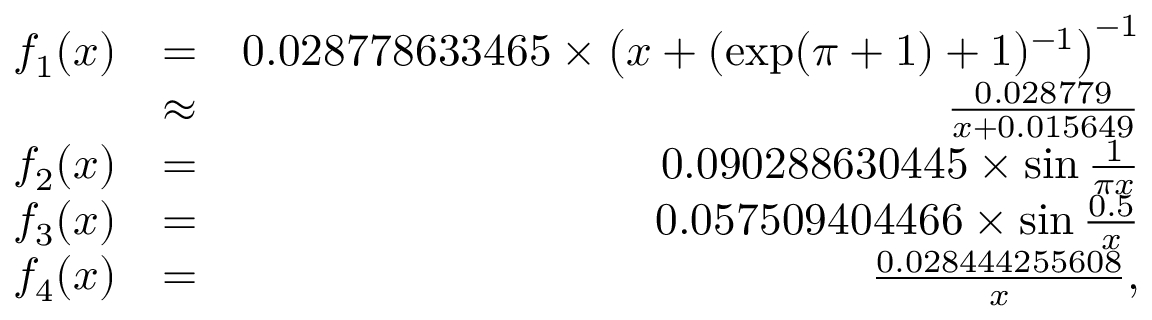
\begin{array} { r l r } { f _ { 1 } ( x ) } & { = } & { 0 . 0 2 8 7 7 8 6 3 3 4 6 5 \times \left( x + ( \exp ( \pi + 1 ) + 1 ) ^ { - 1 } \right) ^ { - 1 } } \\ & { \approx } & { \frac { 0 . 0 2 8 7 7 9 } { x + 0 . 0 1 5 6 4 9 } } \\ { f _ { 2 } ( x ) } & { = } & { 0 . 0 9 0 2 8 8 6 3 0 4 4 5 \times \sin \frac { 1 } { \pi x } } \\ { f _ { 3 } ( x ) } & { = } & { 0 . 0 5 7 5 0 9 4 0 4 4 6 6 \times \sin \frac { 0 . 5 } { x } } \\ { f _ { 4 } ( x ) } & { = } & { \frac { 0 . 0 2 8 4 4 4 2 5 5 6 0 8 } { x } , } \end{array}